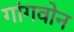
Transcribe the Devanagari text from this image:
गांगवोन